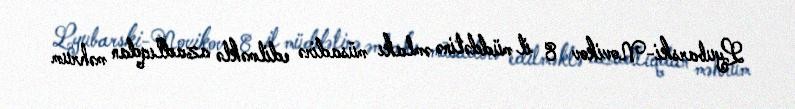
Lyubarski-Novikov 8 il müddətinə əmlakı müsadirə edilməklə azadlıqdan məhrum